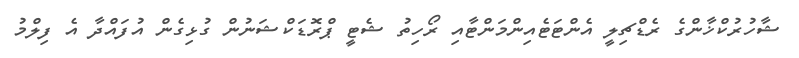
ޝާހުރުކްޚާންގެ ރެޑްޗިލީ އެންޓަޓެއިންމަންޓާއި ރޯހިތު ޝެޓީ ޕްރޮޑަކްޝަނުން ގުޅިގެން އުފައްދާ އެ ފިލްމު